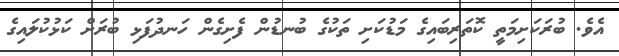
އެވެ. ބުރަކަށިމަތީ ކޮތަރިބައިގެ މަޑުކަށި ތަކުގެ ބުނޑުން ފެށިގެން ހަނދުފަޅި ބުރަށް ކަޅުކުލައިގެ